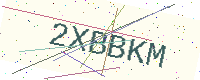
Text: 2XBBKM